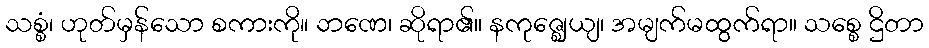
သစ္စံ၊ ဟုတ်မှန်သော စကားကို။ ဘဏေ၊ ဆိုရာ၏။ နကုဇ္ဈေယျ၊ အမျက်မထွက်ရာ။ သစ္စေ ဌိတာ